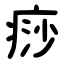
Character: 痧